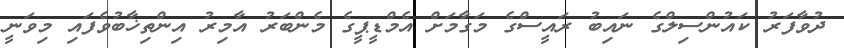
ދުވާފަރު ކައުންސިލްގެ ނައިބު ރައީސްގެ މަގާމަށް އެމްޑީޕީގެ މެންބަރު އާމިރު އިންތިޚާބުވެފައި މިވަނީ